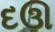
દઊ